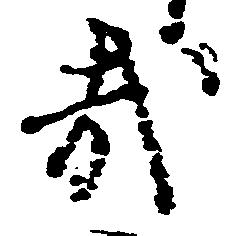
哉